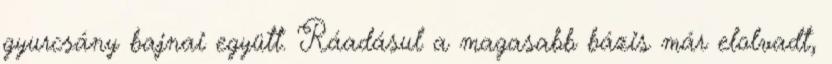
gyurcsány bajnai együtt. Ráadásul a magasabb bázis már elolvadt,